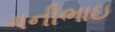
ગનીભાઇ